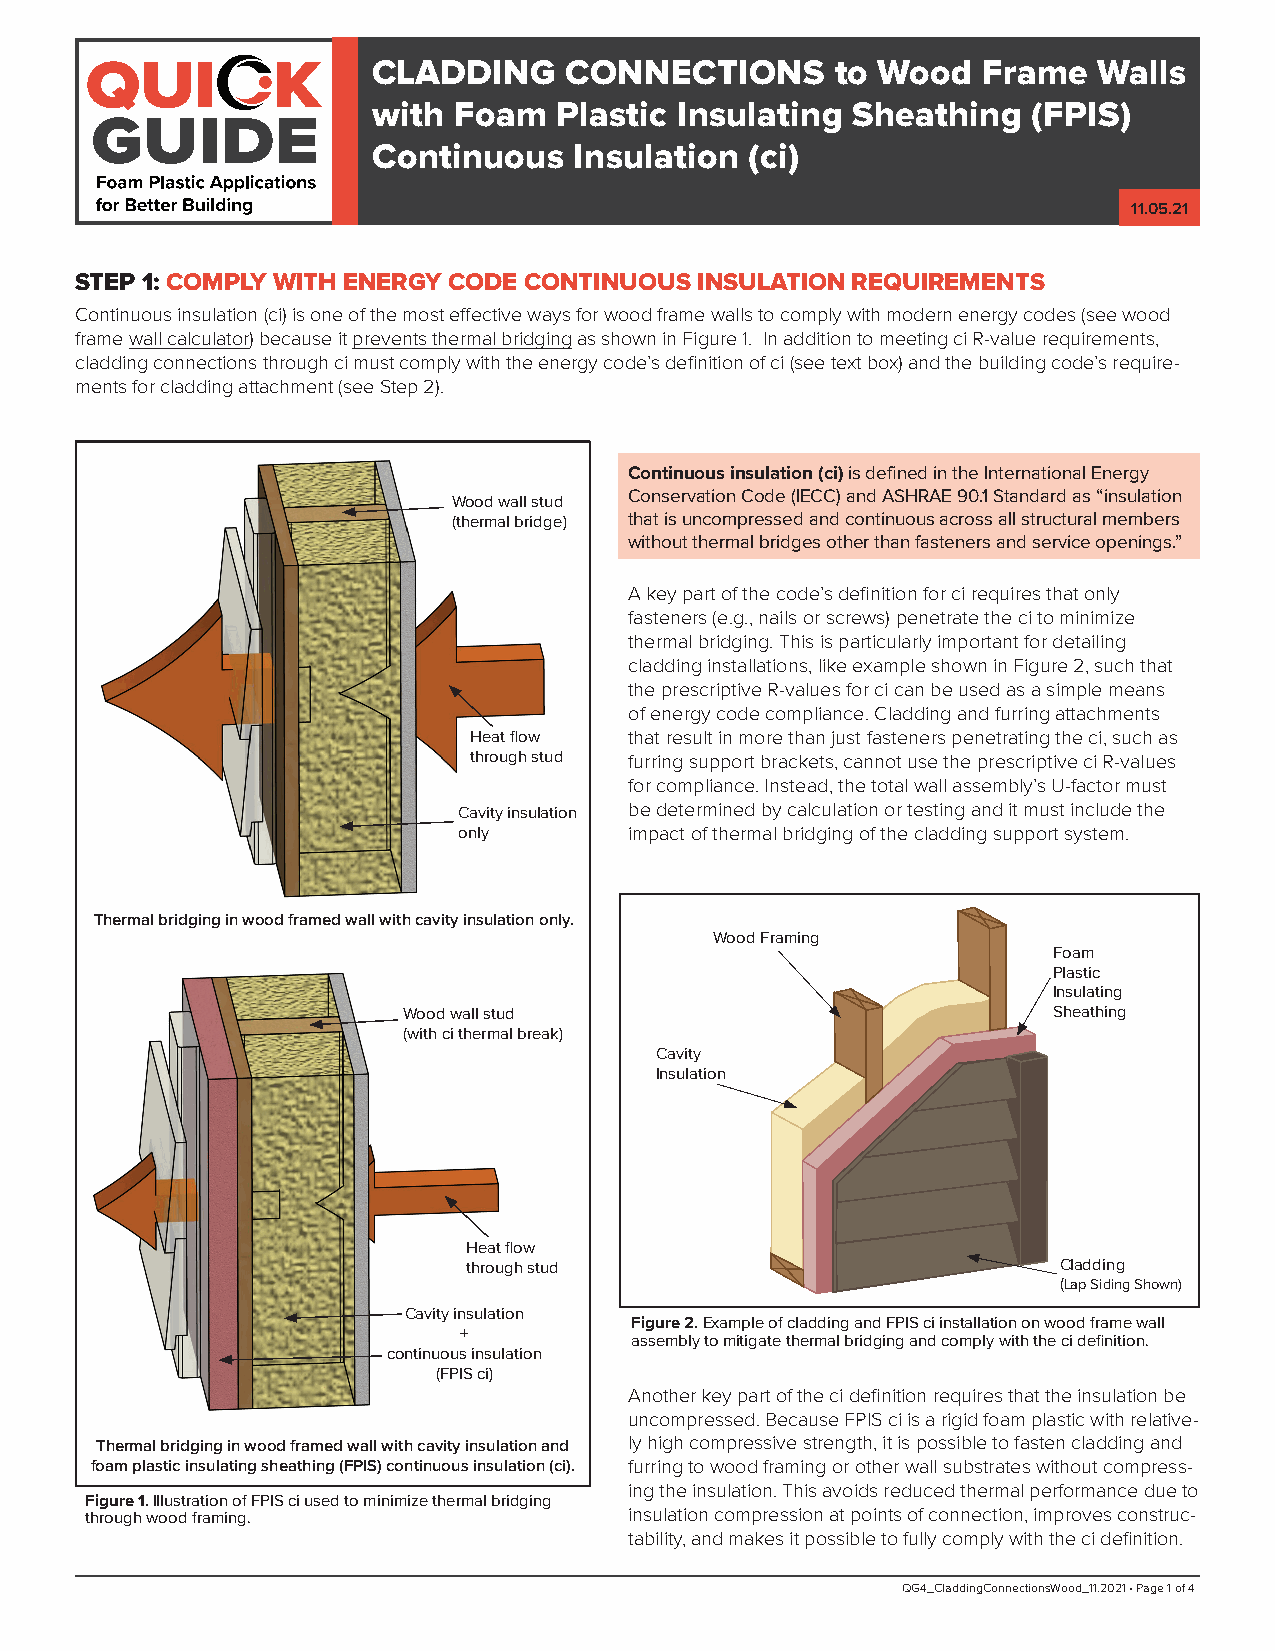
qui         k
 CLADDING    CONNECTIONS       to Wood   Frame   Walls
 guide              with Foam   Plastic Insulating Sheathing   (FPIS)
 Continuous   Insulation  (ci)
 11.05.21
 STEP 1: COMPLY WITH ENERGY CODE CONTINUOUS INSULATION REQUIREMENTS
 Continuous insulation (ci) is one of the most effective ways for wood frame walls to comply with modern energy codes (see wood
 frame wall calculator) because it prevents thermal bridging as shown in Figure 1. In addition to meeting ci R-value requirements,
 cladding connections through ci must comply with the energy code’s definition of ci (see text box) and the building code’s require-
 ments for cladding attachment (see Step 2).
 Continuous insulation (ci) is defined in the International Energy
 Wood wall stud Conservation Code (IECC) and ASHRAE 90.1 Standard as “insulation
 (thermal bridge) that is uncompressed and continuous across all structural members
 without thermal bridges other than fasteners and service openings.”
 A key part of the code’s definition for ci requires that only
 fasteners (e.g., nails or screws) penetrate the ci to minimize
 thermal bridging. This is particularly important for detailing
 cladding installations, like example shown in Figure 2, such that
 the prescriptive R-values for ci can be used as a simple means
 of energy code compliance. Cladding and furring attachments
 Heat flow  that result in more than just fasteners penetrating the ci, such as
 through stud furring support brackets, cannot use the prescriptive ci R-values
 for compliance. Instead, the total wall assembly’s U-factor must
 Cavity insulation be determined by calculation or testing and it must include the
 only        impact of thermal bridging of the cladding support system.
 Thermal bridging in wood framed wall with cavity insulation only.
 Wood Framing
 Foam
 Plastic
 Insulating
 Wood wall stud                             Sheathing
 (with ci thermal break)
 Cavity
 Insulation
 Heat flow
 through stud                           Cladding
 (Lap Siding Shown)
 Cavity insulation
 Figure 2. Example of cladding and FPIS ci installation on wood frame wall
 +
 assembly to mitigate thermal bridging and comply with the ci definition.
 continuous insulation
 (FPIS ci)
 Another key part of the ci definition requires that the insulation be
 uncompressed. Because FPIS ci is a rigid foam plastic with relative-
 Thermal bridging in wood framed wall with cavity insulation and ly high compressive strength, it is possible to fasten cladding and
 foam plastic insulating sheathing (FPIS) continuous insulation (ci). furring to wood framing or other wall substrates without compress-
 ing the insulation. This avoids reduced thermal performance due to
 Figure 1. Illustration of FPIS ci used to minimize thermal bridging
 through wood framing.               insulation compression at points of connection, improves construc-
 tability, and makes it possible to fully comply with the ci definition.
 QG4_CladdingConnectionsWood_11.2021 • Page 1 of 4